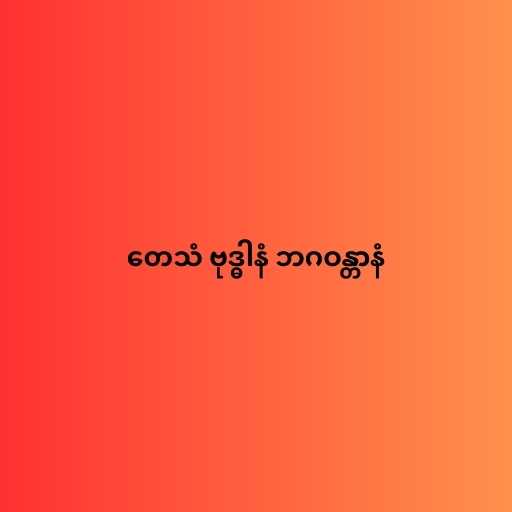
တေသံ ဗုဒ္ဓါနံ ဘဂဝန္တာနံ